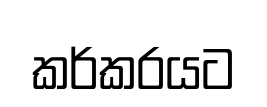
කර්කරයට